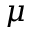
\mu